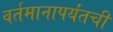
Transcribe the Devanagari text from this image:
वर्तमानापर्यंतची